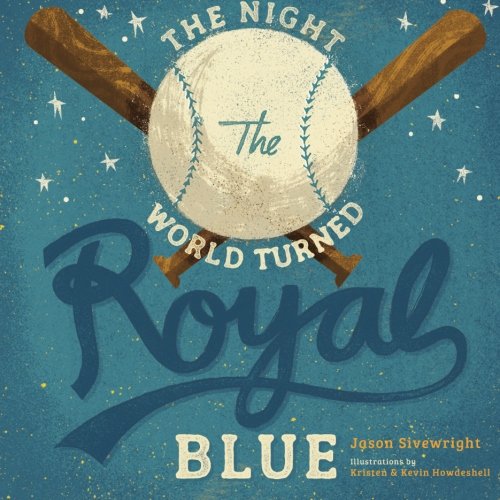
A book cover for The Night the World Turned Royal Blue (The Road to the World); Jason Sivewright; Children's Books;